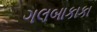
ગલબાકાકા